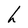
Character: h